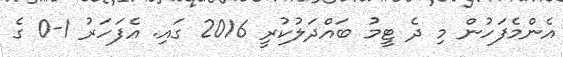
އެންމެފަހުން މި ދެ ޓީމު ބައްދަލުކުރީ 2016 ގައި. އެފަހަރު 1-0 ގެ